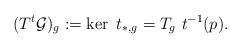
LaTeX: \begin{align*}(T^t\mathcal{G})_g:=\ker~t_{\ast,g}=T_g~t^{-1}(p).\end{align*}